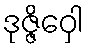
ဒုဇ္ဇိဝှေါ